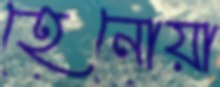
হেনোয়া